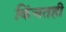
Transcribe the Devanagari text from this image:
किंचतही